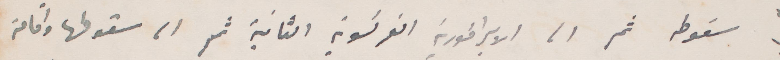
سقوطه ثم الى الإمبراطورية الفرنسوية الثانية، ثم الى سقوطها وإقامة